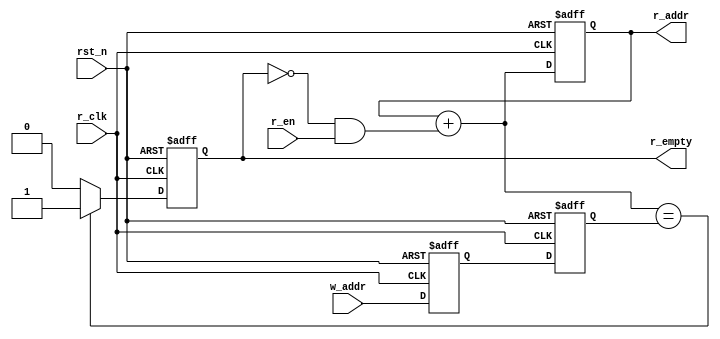
module r_ctrl(
    input   wire        r_clk,//
    input   wire        rst_n,
    input   wire        r_en,//
    input   wire  [3:0] w_addr,//
    output  reg         r_empty,//
    output  wire  [3:0] r_addr //
);

reg    [3:0]    addr;
wire   [3:0]    addr_wire;
reg    [3:0]    w_addr_d1,w_addr_d2;
//
always @(posedge r_clk or negedge rst_n)
    if(rst_n == 1'b0)
        {w_addr_d2,w_addr_d1} <= 8'b0;
    else
        {w_addr_d2,w_addr_d1} <= {w_addr_d1,w_addr};

//
assign r_addr = addr;
always @(posedge r_clk or negedge rst_n)
    if(rst_n == 1'b0)
        addr <= 4'd0;
    else
        addr <= addr_wire;

assign addr_wire = addr + ((~r_empty)&r_en);

//

always @(posedge r_clk or negedge rst_n)
    if(rst_n == 1'b0)
        r_empty <= 1'b0;
    else if (addr_wire == w_addr_d2)  //
    // else if (gaddr_wire == w_gaddr) //w_gaddr
        r_empty <= 1'b1;
    else
        r_empty <= 1'b0;
endmodule